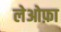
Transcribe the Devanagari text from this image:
लेओफ़ा